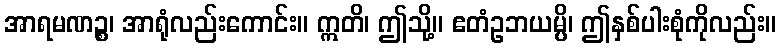
အာရမဏဉ္စ၊ အာရုံလည်းကောင်း။ ဣတိ၊ ဤသို့။ ဧတံဥဘယမ္ပိ၊ ဤနှစ်ပါးစုံကိုလည်း။